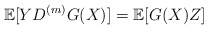
\begin{align*} \mathbb{E}[YD^{(m)}G(X)]=\mathbb{E}[G(X)Z]\end{align*}